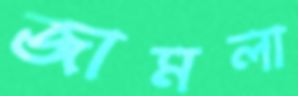
জামলা